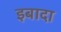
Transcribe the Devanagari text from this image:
इबादा